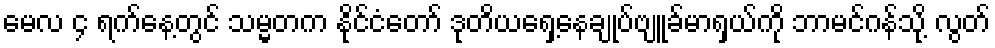
မေလ ၄ ရက်နေ့တွင် သမ္မတက နိုင်ငံတော် ဒုတိယရှေ့နေချုပ်ဗျူခ်မာရှယ်ကို ဘာမင်ဂန်သို့ လွတ်